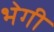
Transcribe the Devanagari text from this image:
भेगी